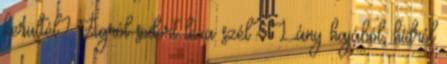
kerültél? Ágról sodort le a szél? Lány hajából, hídról